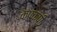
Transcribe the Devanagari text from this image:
कंपकंपीं